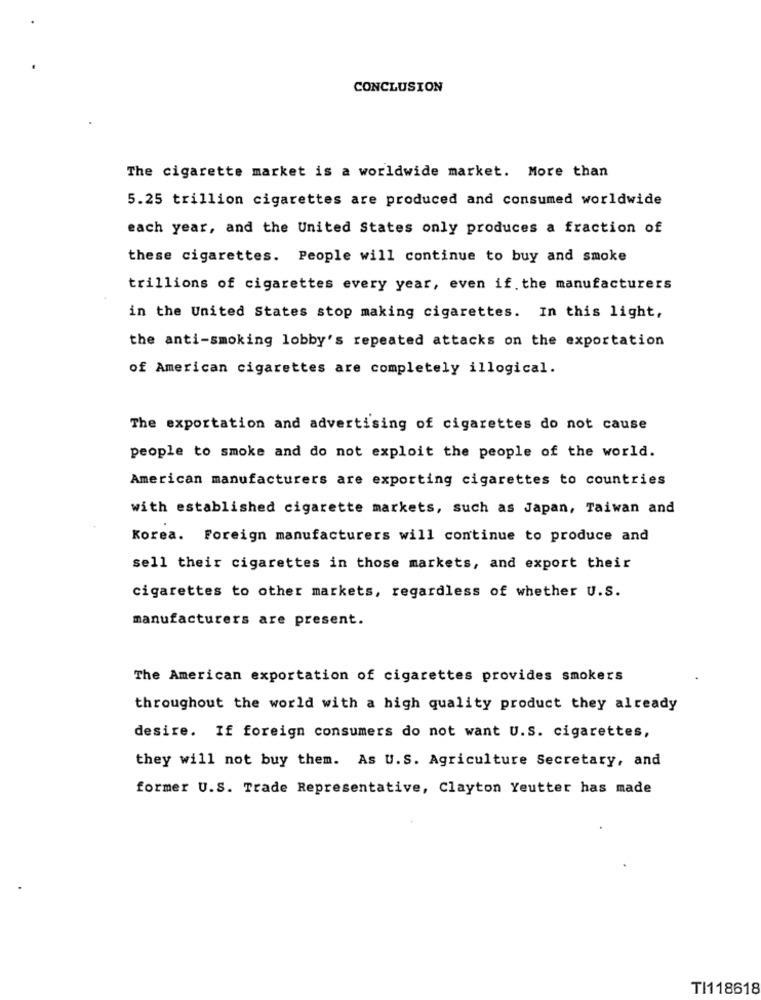
CONCLUSION
The cigarette market is a worldwide market. More than
5.25 trillion cigarettes are produced and consumed worldwide
each year, and the United States only produces a fraction of
these cigarettes. People will continue to buy and smoke
trillions of cigarettes every year, even if the manufacturers
in the United States stop making cigarettes. In this light,
the anti-smoking lobby's repeated attacks on the exportation
of American cigarettes are completely illogical.
The exportation and advertising of cigarettes do not cause
people to smoke and do not exploit the people of the world.
American manufacturers are exporting cigarettes to countries
with established cigarette markets, such as Japan, Taiwan and
Korea. Foreign manufacturers will continue to produce and
sell their cigarettes in those markets, and export their
cigarettes to other markets, regardless of whether U.S.
manufacturers are present.
The American exportation of cigarettes provides smokers
throughout the world with a high quality product they already
desire. If foreign consumers do not want U.S. cigarettes,
they will not buy them. As U.S. Agriculture Secretary, and
former U.S. Trade Representative, Clayton Yeutter has made
TI118618